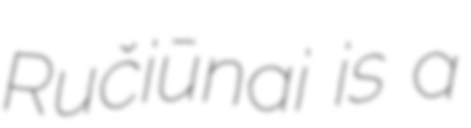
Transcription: Ručiūnai is a